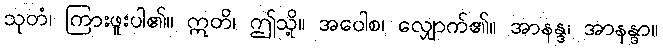
သုတံ၊ ကြားဖူးပါ၏။ ဣတိ၊ ဤသို့။ အဝေါစ၊ လျှောက်၏။ အာနန္ဒ၊ အာနန္ဒာ။